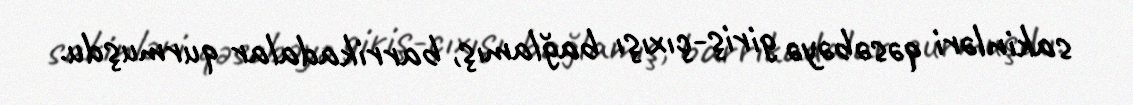
sakinləri qəsəbəyə giriş-çıxışı bağlamış, barrikadalar qurmuşdu.